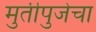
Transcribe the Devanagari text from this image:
मुर्तीपुजेचा